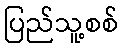
ပြည်သူ့စစ်